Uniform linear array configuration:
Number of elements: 32
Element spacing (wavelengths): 0.75
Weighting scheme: kaiser
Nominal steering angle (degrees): -15
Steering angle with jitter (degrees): -15.496
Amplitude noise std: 0.05
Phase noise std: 0.05

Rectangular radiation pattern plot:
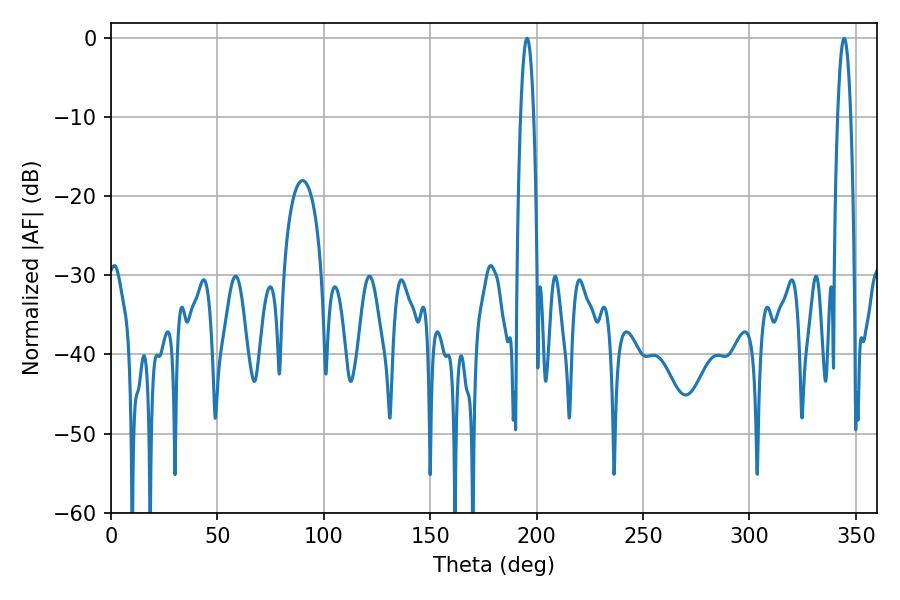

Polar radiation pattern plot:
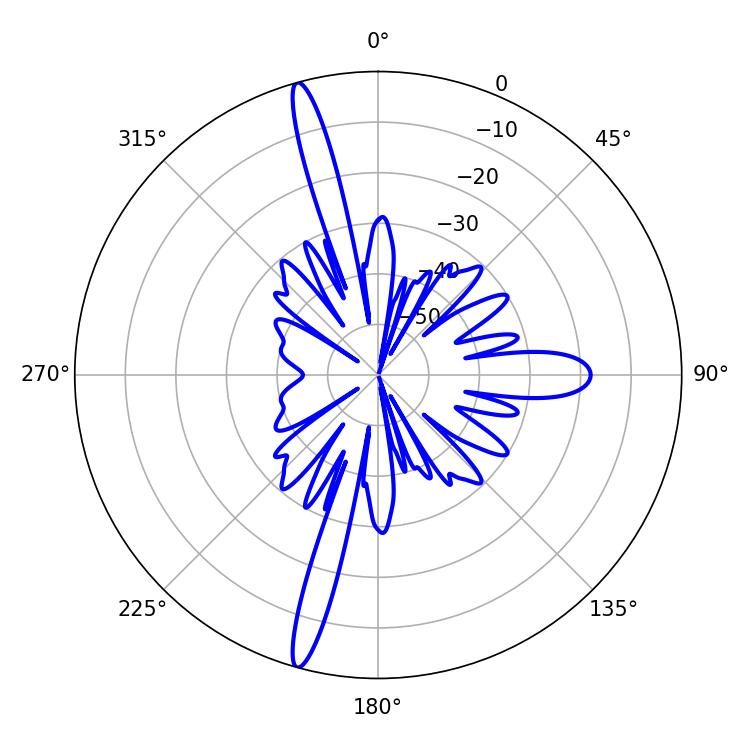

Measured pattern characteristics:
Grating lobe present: TRUE
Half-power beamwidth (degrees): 3.24
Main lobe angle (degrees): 344.52